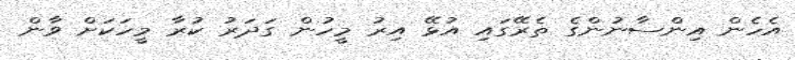
އެހެން އިންސާނުންގެ ތެރޭގައި އުޅޭ އިރު މީހުން ގަދަރު ކުރާ މީހަކަށް ވާން